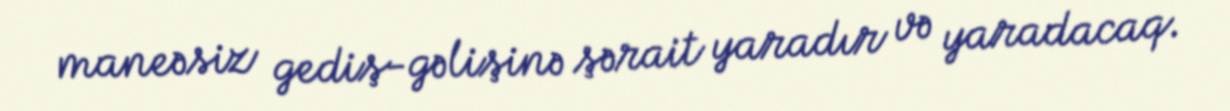
maneəsiz gediş-gəlişinə şərait yaradır və yaradacaq.